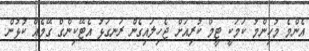
އެންމެ މުހިންމު ކަމަކީ ޓީމް ކުރިއަށް ޖެހިލައިގެން ރަނގަޅު އެޓޭކިންގް ގޭމެއް ކުޅުން.